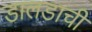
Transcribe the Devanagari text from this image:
डालडाची